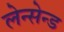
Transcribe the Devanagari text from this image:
लेन्सेन्ड